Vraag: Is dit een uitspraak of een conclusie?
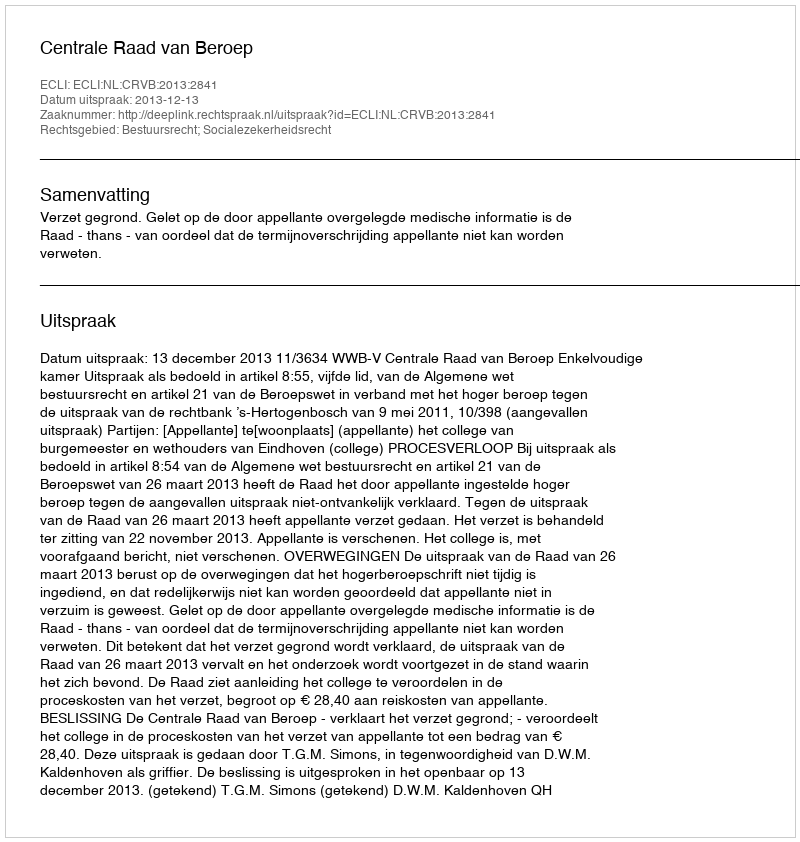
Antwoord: Uitspraak